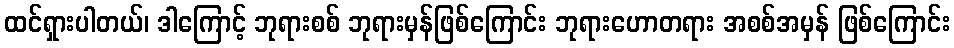
ထင်ရှားပါတယ်၊ ဒါကြောင့် ဘုရားစစ် ဘုရားမှန်ဖြစ်ကြောင်း ဘုရားဟောတရား အစစ်အမှန် ဖြစ်ကြောင်း